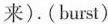
来).(burst)